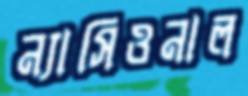
ন্যাসিওনাল